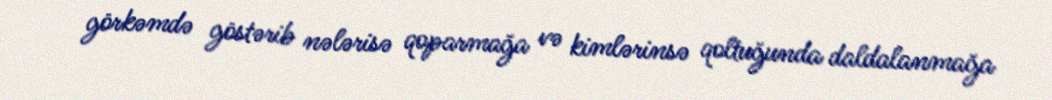
görkəmdə göstərib nələrisə qoparmağa və kimlərinsə qoltuğunda daldalanmağa